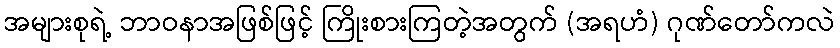
အများစုရဲ့ ဘာဝနာအဖြစ်ဖြင့် ကြိုးစားကြတဲ့အတွက် (အရဟံ) ဂုဏ်တော်ကလဲ